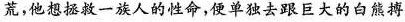
荒，他想拯救一族人的性命，便单独去跟巨大的白熊搏